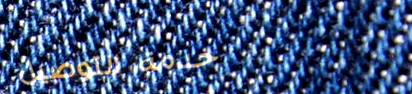
خدمة التوصيل